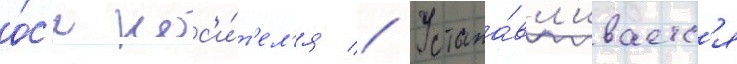
о́с'и нос'и́т'ел'я // Устана́вл'иваетс'я